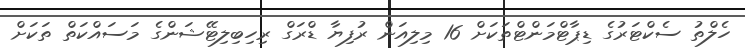
ހެލްތު ސެކްޓަރުގެ ޑިޕާޓްމަންޓްތަކަށް 16 މިލިއަން ރުފިޔާ ޑްރަގް ރިހިބިލިޓޭޝަންގެ މަސައްކަތް ތަކަށް